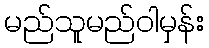
မည်သူမည်ဝါမှန်း